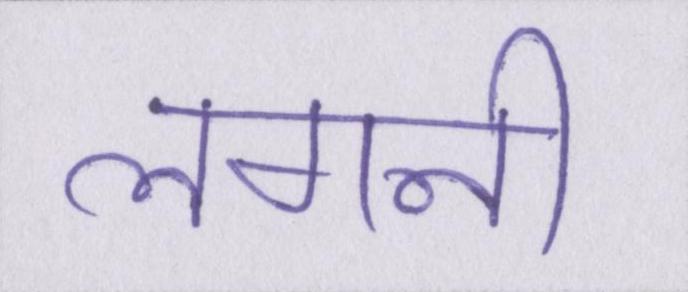
लगनी